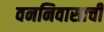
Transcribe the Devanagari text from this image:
वननिवासाची